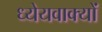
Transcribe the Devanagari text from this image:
ध्येयवाक्यों